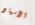
الأسياد